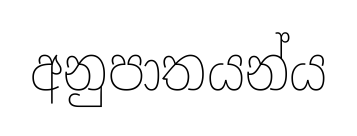
අනුපාතයන්ය